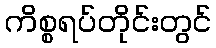
ကိစ္စရပ်တိုင်းတွင်